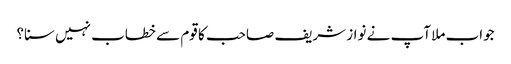
جواب ملا آپ نے نواز شریف صاحب کا قوم سے خطاب نہیں سنا؟